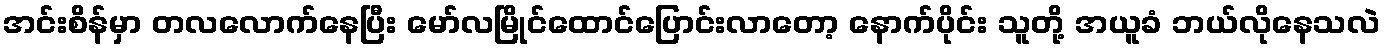
အင်းစိန်မှာ တလလောက်နေပြီး မော်လမြိုင်ထောင်ပြောင်းလာတော့ နောက်ပိုင်း သူတို့ အယူခံ ဘယ်လိုနေသလဲ